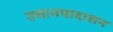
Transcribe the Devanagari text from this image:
उत्तानपादासन